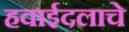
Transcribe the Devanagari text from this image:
हवाईदलाचे